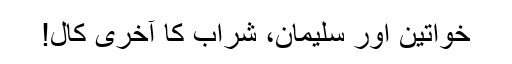
خواتین اور سلیمان، شراب کا آخری کال!